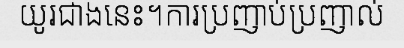
យូរជាងនេះ។ការប្រញាប់ប្រញាល់